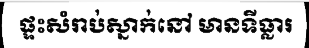
ផ្ទះសំរាប់ស្នាក់នៅ មានទីធ្លារ